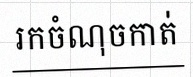
រកចំណុចកាត់